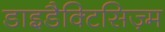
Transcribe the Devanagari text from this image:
डाइडैक्टिसिज़्म